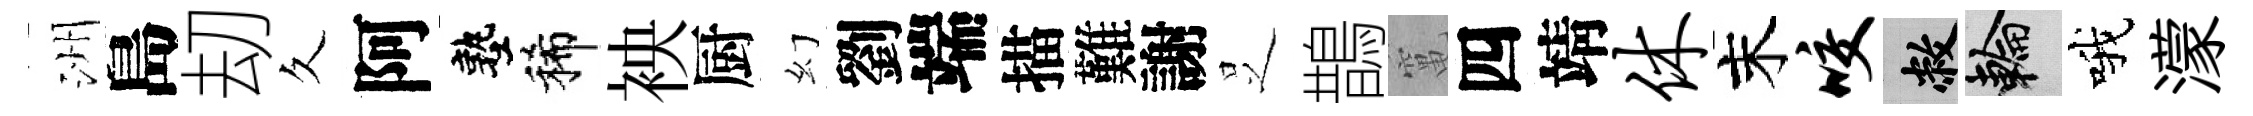
洲島刧久阿塾稀䘧厨幻劉端描難謝𠯁鵲𥧄四靖休末咬敝輪哦濛